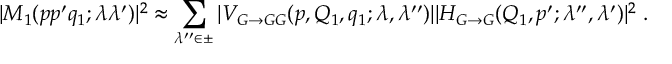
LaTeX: | M _ { 1 } ( p p ^ { \prime } q _ { 1 } ; \lambda \lambda ^ { \prime } ) | ^ { 2 } \approx \sum _ { \lambda ^ { \prime \prime } \in \pm } | V _ { G \to G G } ( p , Q _ { 1 } , q _ { 1 } ; \lambda , \lambda ^ { \prime \prime } ) | | H _ { G \to G } ( Q _ { 1 } , p ^ { \prime } ; \lambda ^ { \prime \prime } , \lambda ^ { \prime } ) | ^ { 2 } \; .